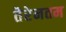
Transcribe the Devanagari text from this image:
तैरेनतम